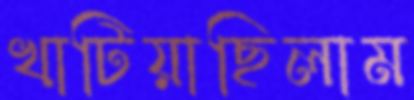
খাটিয়াছিলাম